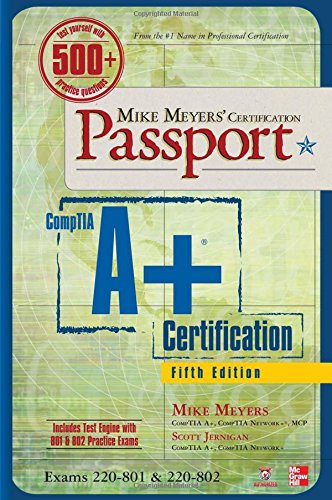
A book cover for Mike Meyers' CompTIA A+ Certification Passport, 5th Edition (Exams 220-801 & 220-802) (Mike Meyers' Certficiation Passport); Mike Meyers; Computers & Technology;